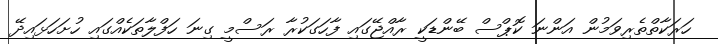
ހަރަކާތްތެރިވަމުން އަންނަ ކޮޕްސް ބޭންޑަކީ ރާއްޖޭގައި ފާހަގަކުރާ ރަސްމީ ގިނަ ހަފްލާތަކެއްގައި ހުށަހަޅައިދޭ